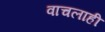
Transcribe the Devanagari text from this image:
वाचलाही